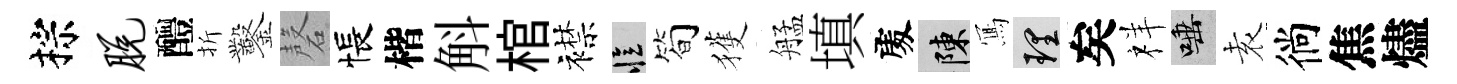
棕脱醴折鑿磬悵楷斛棺襟忆筍獲艋填𠁅陳𭂁理矣祥唾𡊮徜焦燼